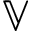
\mathbb { V }